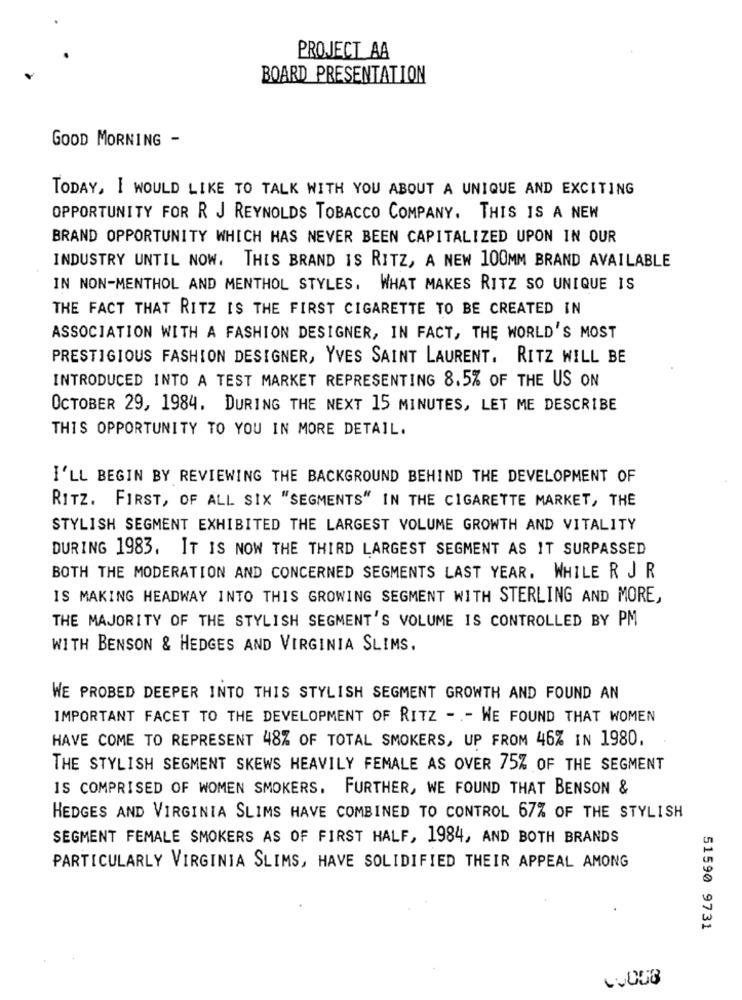
PROJECT AA
BOARD PRESENTATION
GOOD MORNING -
TODAY, I WOULD LIKE TO TALK WITH YOU ABOUT A UNIQUE AND EXCITING
OPPORTUNITY FOR R J REYNOLDS TOBACCO COMPANY. THIS IS A NEW
BRAND OPPORTUNITY WHICH HAS NEVER BEEN CAPITALIZED UPON IN OUR
INDUSTRY UNTIL NOW. THIS BRAND IS RITZ, A NEW 100MM BRAND AVAILABLE
IN NON-MENTHOL AND MENTHOL STYLES. WHAT MAKES RITZ SO UNIQUE IS
THE FACT THAT RITZ IS THE FIRST CIGARETTE TO BE CREATED IN
ASSOCIATION WITH A FASHION DESIGNER, IN FACT, THE WORLD'S MOST
PRESTIGIOUS FASHION DESIGNER, YVES SAINT LAURENT. RITZ WILL BE
INTRODUCED INTO A TEST MARKET REPRESENTING 8.5% OF THE US ON
OCTOBER 29, 1984. DURING THE NEXT 15 MINUTES, LET ME DESCRIBE
THIS OPPORTUNITY TO YOU IN MORE DETAIL.
I'LL BEGIN BY REVIEWING THE BACKGROUND BEHIND THE DEVELOPMENT OF
RITZ. FIRST, OF ALL SIX "SEGMENTS" IN THE CIGARETTE MARKET, THE
STYLISH SEGMENT EXHIBITED THE LARGEST VOLUME GROWTH AND VITALITY
DURING 1983. IT IS NOW THE THIRD LARGEST SEGMENT AS IT SURPASSED
BOTH THE MODERATION AND CONCERNED SEGMENTS LAST YEAR. WHILE R J R
IS MAKING HEADWAY INTO THIS GROWING SEGMENT WITH STERLING AND MORE,
THE MAJORITY OF THE STYLISH SEGMENT'S VOLUME IS CONTROLLED BY PM
WITH BENSON & HEDGES AND VIRGINIA SLIMS.
WE PROBED DEEPER INTO THIS STYLISH SEGMENT GROWTH AND FOUND AN
IMPORTANT FACET TO THE DEVELOPMENT OF RITZ - - WE FOUND THAT WOMEN
HAVE COME TO REPRESENT 48% OF TOTAL SMOKERS, UP FROM 46% IN 1980.
THE STYLISH SEGMENT SKEWS HEAVILY FEMALE AS OVER 75% OF THE SEGMENT
IS COMPRISED OF WOMEN SMOKERS. FURTHER, WE FOUND THAT BENSON &
HEDGES AND VIRGINIA SLIMS HAVE COMBINED TO CONTROL 67% OF THE STYLISH
SEGMENT FEMALE SMOKERS AS OF FIRST HALF, 1984, AND BOTH BRANDS
PARTICULARLY VIRGINIA SLIMS, HAVE SOLIDIFIED THEIR APPEAL AMONG
51590 9731